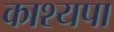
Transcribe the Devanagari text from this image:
काश्यपा